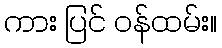
ကား ပြင် ဝန်ထမ်း။